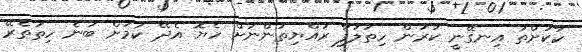
ކާކަށްތަ އިނގޭނީ ކުރަން ހިތުލަފާ ރައްޔިތުންނަށް ހެޔޮ އެދޭ ކަަމަށް ބުނެ ހިތުތެރޭ